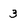
Character: 3